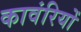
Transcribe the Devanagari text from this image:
कावंरियों